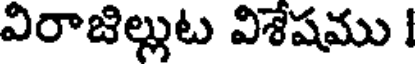
విరాజిల్లుట విశేషము I